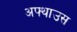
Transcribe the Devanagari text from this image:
अफ्थाउस